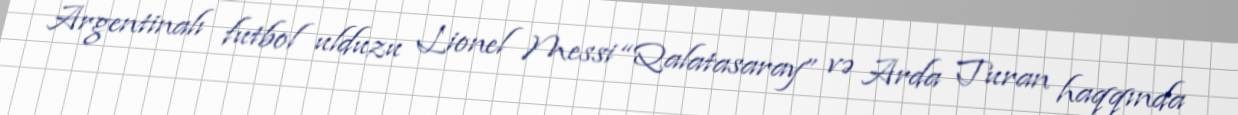
Argentinalı futbol ulduzu Lionel Messi “Qalatasaray” və Arda Turan haqqında